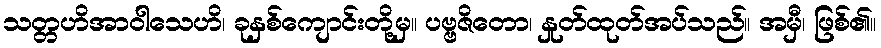
သတ္တဟိအာဝါသေဟိ၊ ခုနှစ်ကျောင်းတို့မှ။ ပဗ္ဗဇိတော၊ နှုတ်ထုတ်အပ်သည်။ အမှီ၊ ဖြစ်၏။